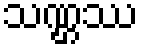
သဏ္ဌဿ